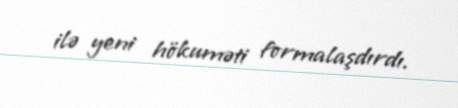
ilə yeni hökuməti formalaşdırdı.